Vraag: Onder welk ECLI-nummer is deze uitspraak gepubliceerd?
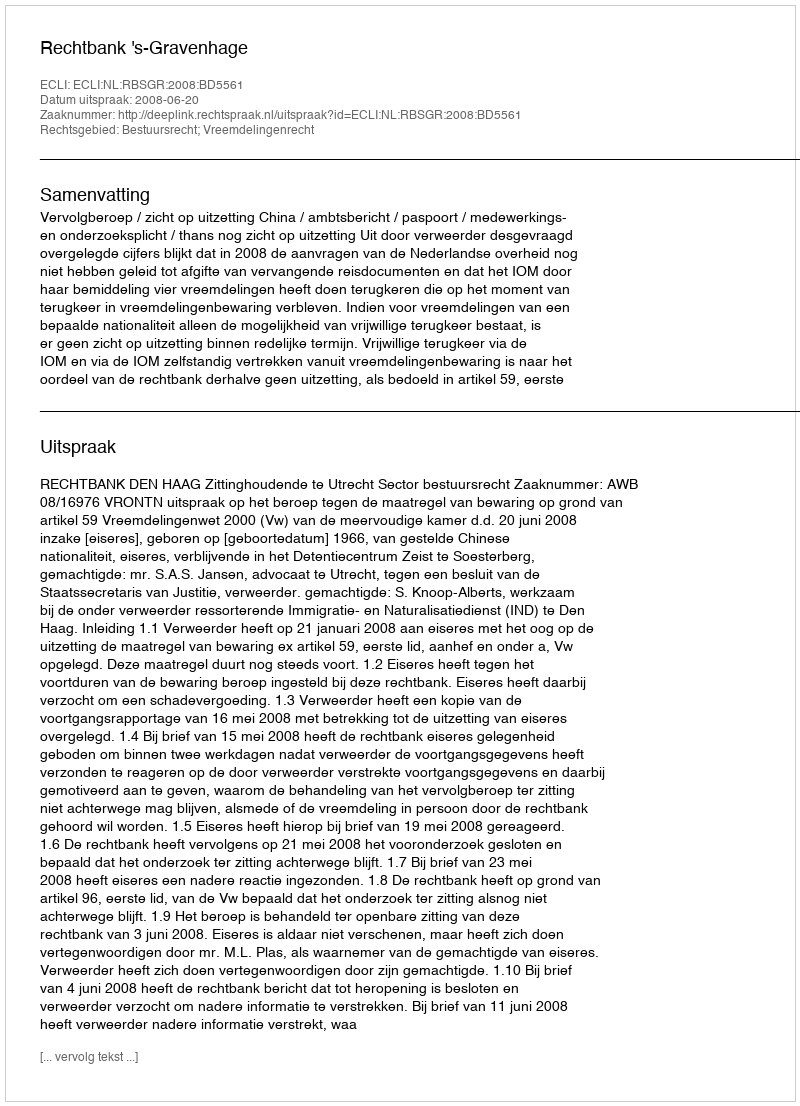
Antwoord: ECLI:NL:RBSGR:2008:BD5561